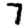
Digit: 7